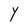
Character: Y